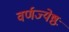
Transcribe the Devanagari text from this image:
वर्णज्येष्ठः